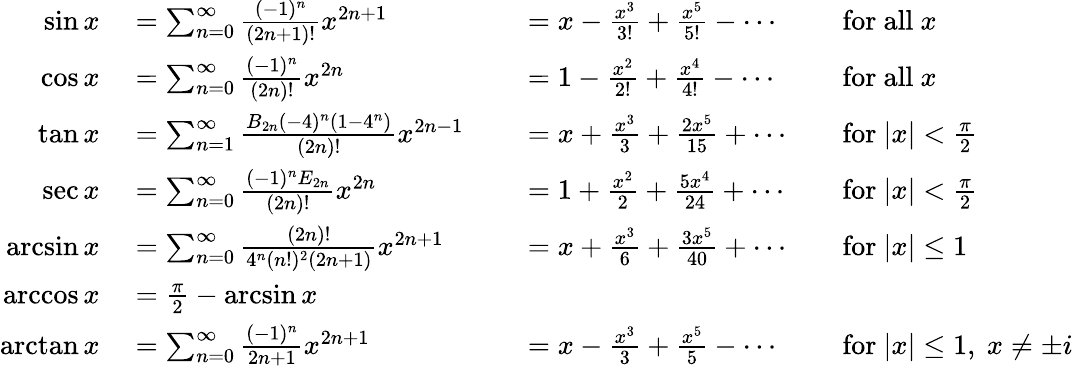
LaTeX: \begin{array}{rlrlrl}{\sin x}&{{}=\sum_{n=0}^{\infty}{\frac{(-1)^{n}}{(2n+1)!}}x^{2n+1}}&{}&{{}=x-{\frac{x^{3}}{3!}}+{\frac{x^{5}}{5!}}-\cdots}&{}&{{}{\mathrm{for~all~}}x}\\ {\cos x}&{{}=\sum_{n=0}^{\infty}{\frac{(-1)^{n}}{(2n)!}}x^{2n}}&{}&{{}=1-{\frac{x^{2}}{2!}}+{\frac{x^{4}}{4!}}-\cdots}&{}&{{}{\mathrm{for~all~}}x}\\ {\tan x}&{{}=\sum_{n=1}^{\infty}{\frac{B_{2n}(-4)^{n}\left(1-4^{n}\right)}{(2n)!}}x^{2n-1}}&{}&{{}=x+{\frac{x^{3}}{3}}+{\frac{2x^{5}}{15}}+\cdots}&{}&{{}{\mathrm{for~}}|x|<{\frac{\pi}{2}}}\\ {\sec x}&{{}=\sum_{n=0}^{\infty}{\frac{(-1)^{n}E_{2n}}{(2n)!}}x^{2n}}&{}&{{}=1+{\frac{x^{2}}{2}}+{\frac{5x^{4}}{24}}+\cdots}&{}&{{}{\mathrm{for~}}|x|<{\frac{\pi}{2}}}\\ {\arcsin x}&{{}=\sum_{n=0}^{\infty}{\frac{(2n)!}{4^{n}(n!)^{2}(2n+1)}}x^{2n+1}}&{}&{{}=x+{\frac{x^{3}}{6}}+{\frac{3x^{5}}{40}}+\cdots}&{}&{{}{\mathrm{for~}}|x|\leq 1}\\ {\operatorname{arccos}x}&{{}={\frac{\pi}{2}}-\arcsin x}\\ {\arctan x}&{{}=\sum_{n=0}^{\infty}{\frac{(-1)^{n}}{2n+1}}x^{2n+1}}&{}&{{}=x-{\frac{x^{3}}{3}}+{\frac{x^{5}}{5}}-\cdots}&{}&{{}{\mathrm{for~}}|x|\leq 1,\ x\neq\pm i}\end{array}